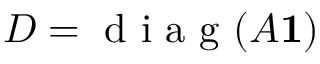
D = \mathrm { ~ d ~ i ~ a ~ g ~ } ( A { \bf 1 } )